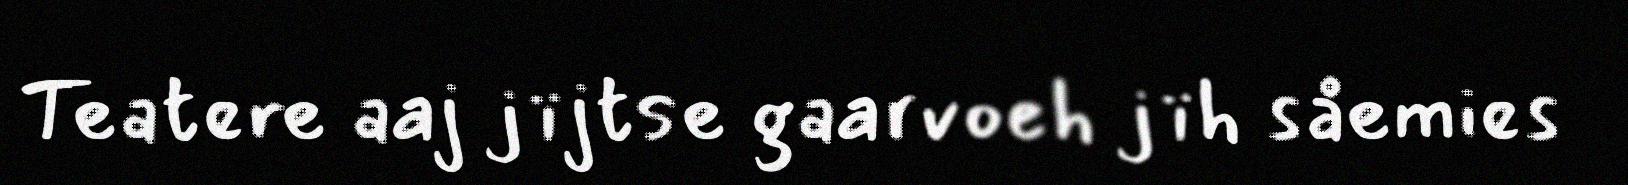
Teatere aaj jïjtse gaarvoeh jïh såemies